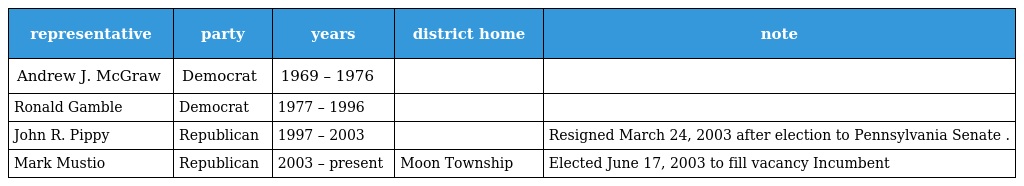
| representative | party | years | district home | note |
 | --- | --- | --- | --- | --- |
 | Andrew J. McGraw | Democrat | 1969 – 1976 |  |  |
 | Ronald Gamble | Democrat | 1977 – 1996 |  |  |
 | John R. Pippy | Republican | 1997 – 2003 |  | Resigned March 24, 2003 after election to Pennsylvania Senate . |
 | Mark Mustio | Republican | 2003 – present | Moon Township | Elected June 17, 2003 to fill vacancy Incumbent |